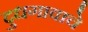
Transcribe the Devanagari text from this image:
दुधगावाचे